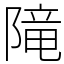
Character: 𨻫